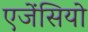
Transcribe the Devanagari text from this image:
एजेंसियो